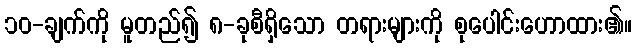
၁၀-ချက်ကို မူတည်၍ ၈-ခုစီရှိသော တရားများကို စုပေါင်းဟောထား၏။